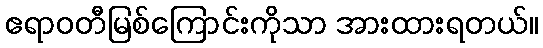
ဧရာဝတီမြစ်ကြောင်းကိုသာ အားထားရတယ်။